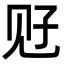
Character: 觃